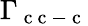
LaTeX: \Gamma_{\mathrm{~c~c~-~c~}}